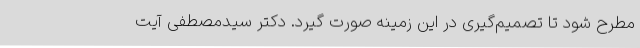
مطرح شود تا تصمیم‌گیری در این زمینه صورت گیرد. دکتر سیدمصطفی آیت‌